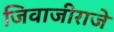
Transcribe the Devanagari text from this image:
जिवाजीराजे